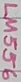
Text: LM556